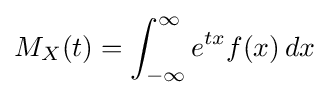
M_{X}(t)=\int _{-\infty }^{\infty }e^{tx}f(x)\,dx